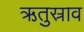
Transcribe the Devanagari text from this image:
ऋतुस्राव